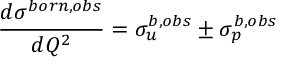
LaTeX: { \frac { d \sigma ^ { b o r n , o b s } } { d Q ^ { 2 } } } = \sigma _ { u } ^ { b , o b s } \pm \sigma _ { p } ^ { b , o b s }